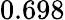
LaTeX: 0.698